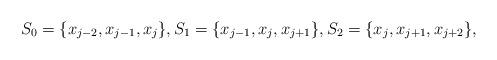
LaTeX: \begin{align*} S_0=\{x_{j-2},x_{j-1},x_{j}\}, S_1=\{x_{j-1},x_{j},x_{j+1}\},S_2=\{x_{j},x_{j+1},x_{j+2}\}, \end{align*}